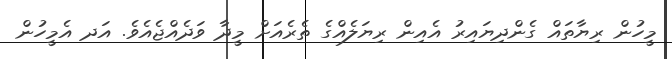
މީހުން ރިޔާތައް ގެންދިޔައިރު އެއިން ރިޔަލެއްގެ ތެރެއަށް މީދާ ވަދެއްޖެއެވެ. އަދ އެމީހުން